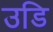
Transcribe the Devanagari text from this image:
उडि